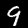
Label: 9